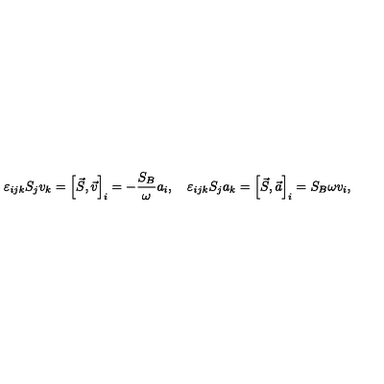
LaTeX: \varepsilon _ { i j k } S _ { j } v _ { k } = \left[ \vec { S } , \vec { v } \right] _ { i } = - \frac { S _ { B } } { \omega } a _ { i } , \quad \varepsilon _ { i j k } S _ { j } a _ { k } = \left[ \vec { S } , \vec { a } \right] _ { i } = { S _ { B } } { \omega } v _ { i } ,